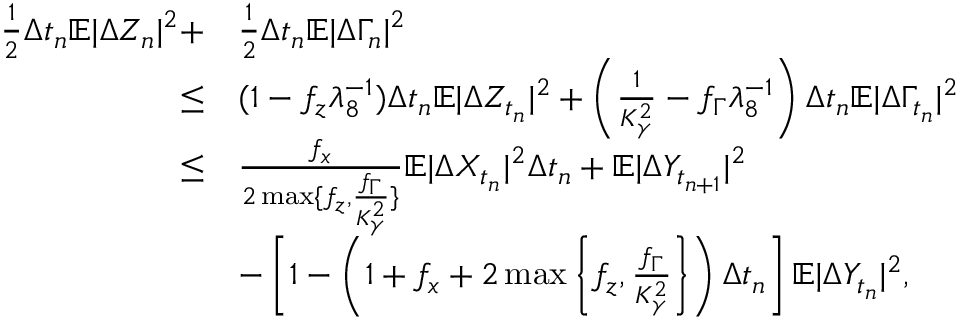
\begin{array} { r l } { \frac { 1 } { 2 } \Delta { t _ { n } } \mathbb { E } | \Delta Z _ { n } | ^ { 2 } + } & { \frac { 1 } { 2 } \Delta { t _ { n } } \mathbb { E } | \Delta \Gamma _ { n } | ^ { 2 } } \\ { \leq } & { ( 1 - f _ { z } \lambda _ { 8 } ^ { - 1 } ) \Delta { t _ { n } } \mathbb { E } | \Delta Z _ { t _ { n } } | ^ { 2 } + \left( \frac { 1 } { K _ { \gamma } ^ { 2 } } - f _ { \Gamma } \lambda _ { 8 } ^ { - 1 } \right) \Delta { t _ { n } } \mathbb { E } | \Delta \Gamma _ { t _ { n } } | ^ { 2 } } \\ { \leq } & { \frac { f _ { x } } { 2 \operatorname* { m a x } \{ f _ { z } , \frac { f _ { \Gamma } } { K _ { \gamma } ^ { 2 } } \} } \mathbb { E } | \Delta X _ { t _ { n } } | ^ { 2 } \Delta t _ { n } + \mathbb { E } | \Delta Y _ { t _ { n + 1 } } | ^ { 2 } } \\ & { - \left[ 1 - \left( 1 + f _ { x } + 2 \operatorname* { m a x } \left\{ f _ { z } , \frac { f _ { \Gamma } } { K _ { \gamma } ^ { 2 } } \right\} \right) \Delta { t _ { n } } \right] \mathbb { E } | \Delta Y _ { t _ { n } } | ^ { 2 } , } \end{array}